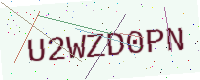
Text: U2WZD0PN